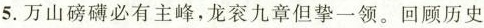
5.万山磅礴必有主峰，龙衮九章但挚一领。回顾历史